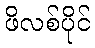
ဖိလစ်ပိုင်